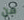
من